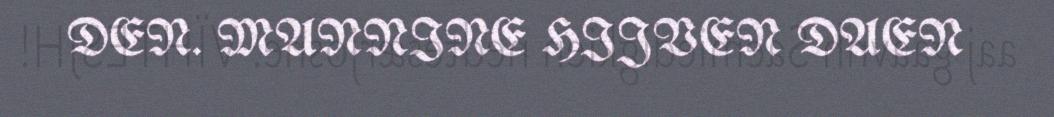
DEN. MANNINE HIJVEN DAEN